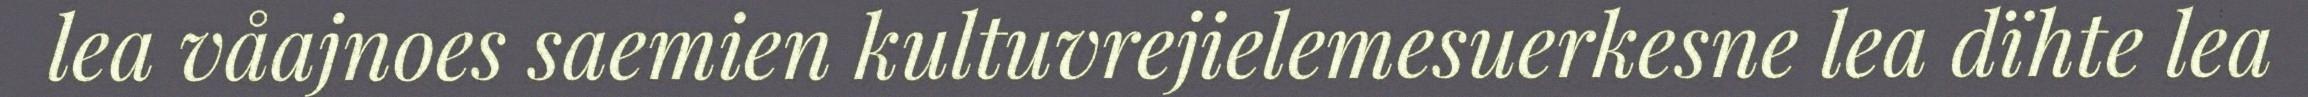
lea våajnoes saemien kultuvrejielemesuerkesne lea dïhte lea